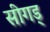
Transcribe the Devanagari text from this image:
सीगड्